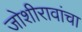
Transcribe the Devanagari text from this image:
जोशीरावांचा